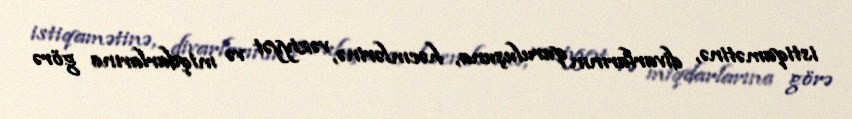
istiqamətinə, divarlarının quruluşuna, həcmlərinə, vəziyyət və miqdarlarına görə